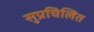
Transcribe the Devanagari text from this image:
सुप्रचिलित